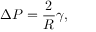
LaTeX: \Delta P = { \frac { 2 } { R } } \gamma ,